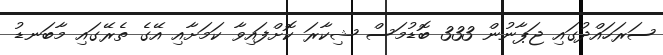
ސަރަހައްދުގައި ޖަޕާނުން 333 ބޮޑުމަސް ޝިކާރަ ކޮށްފައިވާ ކަމަށާއި އޭގެ ތެރޭގައި މާބަނޑު